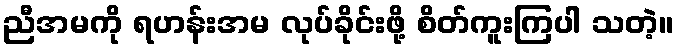
ညီအမကို ရဟန်းအမ လုပ်ခိုင်းဖို့ စိတ်ကူးကြပါ သတဲ့။